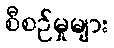
စီစဉ်မှုများ